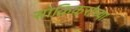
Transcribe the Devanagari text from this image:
साक्रिकरांच्या